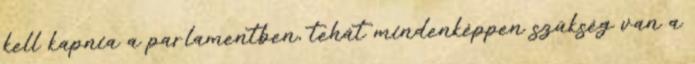
kell kapnia a parlamentben, tehát mindenképpen szükség van a